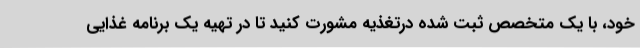
خود، با یک متخصص ثبت شده درتغذیه مشورت کنید تا در تهیه یک برنامه غذایی